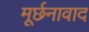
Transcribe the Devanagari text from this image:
मूर्छनावाद